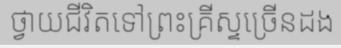
ថ្វាយជីវិតទៅព្រះគ្រីស្ទច្រើនដង